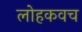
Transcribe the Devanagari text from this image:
लोहकवच